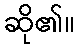
ဆို၏။